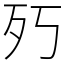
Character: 㱙